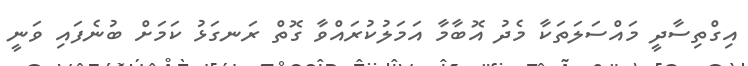
އިގްތިސާދީ މައްސަލަތަކާ މެދު އޮބާމާ އަމަލުކުރައްވާ ގޮތް ރަނގަޅު ކަމަށް ބުނެފައި ވަނީ